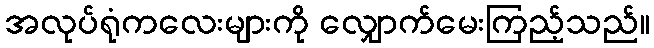
အလုပ်ရုံကလေးများကို လျှောက်မေးကြည့်သည်။